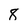
Character: 8